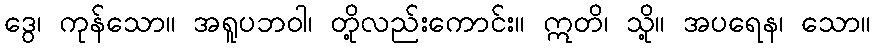
ဒွေ၊ ကုန်သော။ အရူပဘဝါ၊ တို့လည်းကောင်း။ ဣတိ၊ သို့။ အပရေန၊ သော။